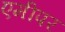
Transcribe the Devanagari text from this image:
एमीपर